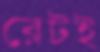
রেটই